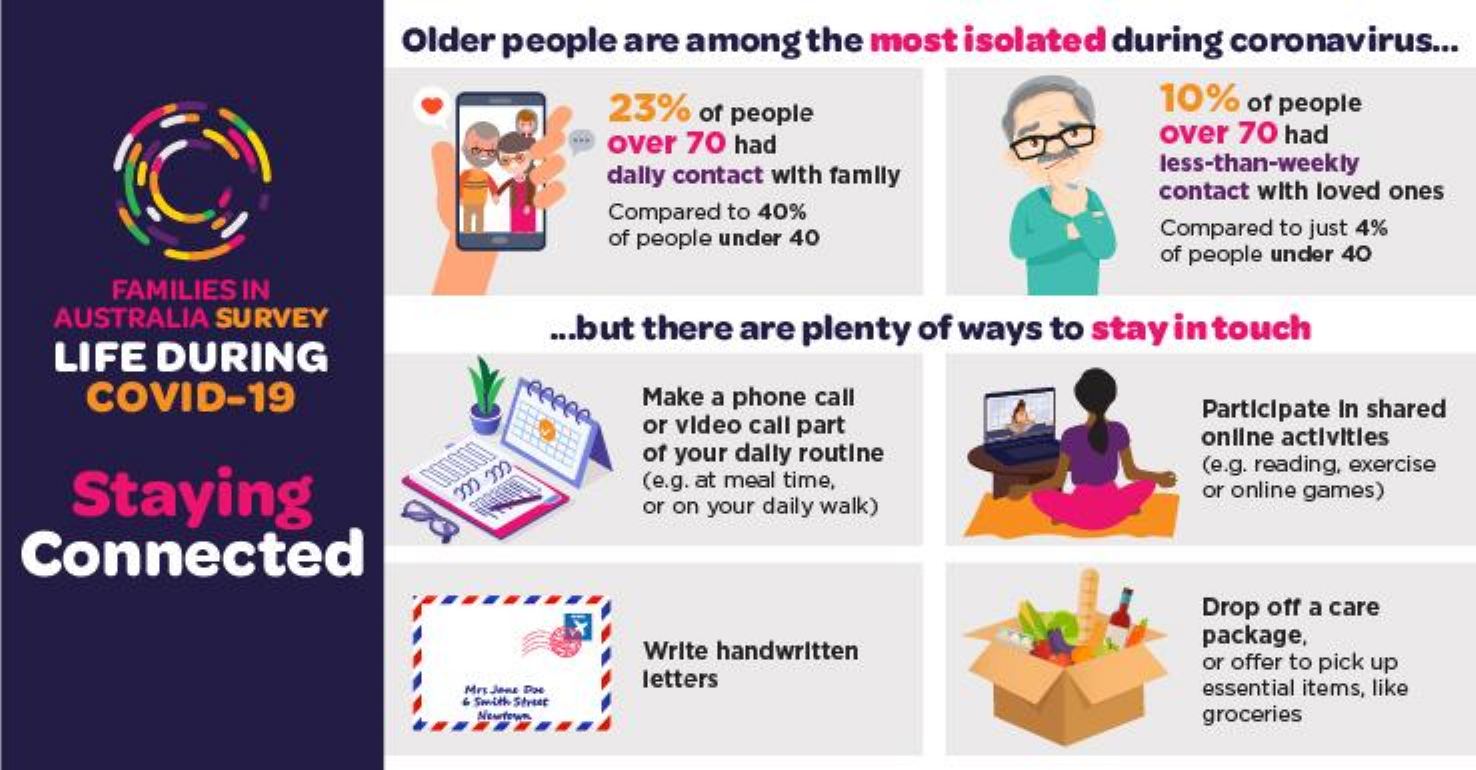
Older people are among the most isolated during coronavirus ...
     23% of people    10%  of people
     over 70 had    over 70 had
     dally contact with family
     less-than-weekly
     Compared to 40%
     contact with loved ones
     of people under 40    Compared to just 4%
     of people under 40
     FAMILIES IN
   AUSTRALIA SURVEY
   LIFE DURING
     ... but there are plenty of ways to stay in touch
     COVID-19    reeeee- Make a phone call
     or video call part
     Participate In shared
     online activities
    Staying
     of your dally routine
     (e.g. at meal time,
     (e.g. reading, exercise
     or on your daily walk)
     or online games)
  Connected
     Drop off a care
     Write handwritten
     package,
     letters
     or offer to pick up
     essential items, like
     NewTown    groceries